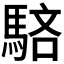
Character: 𩣖